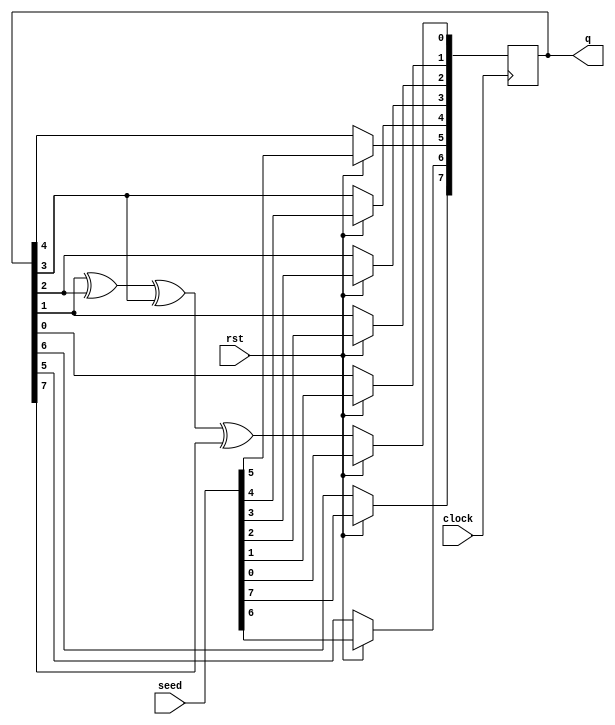
`timescale 1ns / 1ps
//////////////////////////////////////////////////////////////////////////////////
// Company: 
// Engineer: 
// 
// Design Name: 
// Module Name: lfsr
// Project Name: 
// Target Devices: 
// Tool Versions: 
// Description: 
// 
// Dependencies: 
// 
// Revision:
// Revision 0.01 - File Created
// Additional Comments:
// 
//////////////////////////////////////////////////////////////////////////////////


module lfsr(
    output reg [7:0] q,
    input [7:0] seed,
    input rst,
    input clock
    
    );

    assign din = q[1]^q[2]^q[3]^q[7];

    always@(posedge clock)
    begin
        if (rst)
            q <= seed;
    
        else
            begin            
                q[0] <= din;
                q[1] <= q[0];
                q[2] <= q[1];
                q[3] <= q[2];
                q[4] <= q[3];
                q[5] <= q[4];
                q[6] <= q[5];
                q[7] <= q[6];
            end
    end


endmodule